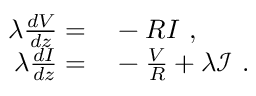
\begin{array} { r l } { \lambda \frac { d V } { d z } = } & { { } - R I \mathrm { ~ , ~ } } \\ { \lambda \frac { d I } { d z } = } & { { } - \frac { V } { R } + \lambda \mathcal { I } \mathrm { ~ . ~ } } \end{array}